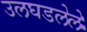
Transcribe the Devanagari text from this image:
उलघडलेले